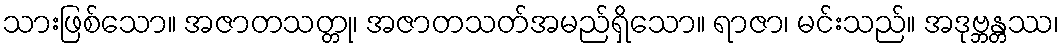
သားဖြစ်သော။ အဇာတသတ္တု၊ အဇာတသတ်အမည်ရှိသော။ ရာဇာ၊ မင်းသည်။ အဒုဗ္ဘန္တဿ၊